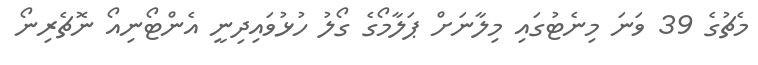
މެޗުގެ 39 ވަނަ މިނެޓުގައި މިލާނަށް ޕަލާމޯގެ ގޯލު ހުޅުވައިދިނީ އެންޓޯނިއޯ ނޮޗެރިނޯ